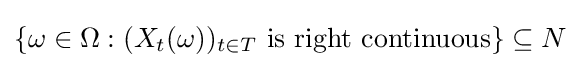
\{\omega \in \Omega :(X_{t}(\omega ))_{t\in T}{\text{ is right continuous}}\}\subseteq N